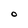
Character: O